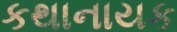
કથાનાયક